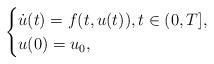
LaTeX: \begin{align*} \begin{cases} \dot{u}(t) = f(t,u(t)), t \in (0,T],\\ u(0) = u_0, \end{cases} \end{align*}